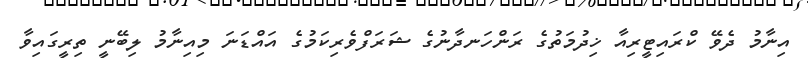
އިނާމު ދެވޭ ކްރައިޓީރިއާ ޚިދުމަތުގެ ރަންހަނދާނުގެ ޝަރަފްވެރިކަމުގެ އައްޑަނަ މިއިނާމު ލިބޭނީ ތިރީގައިވާ